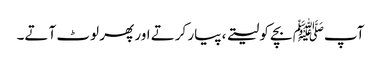
آپﷺ بچے کو لیتے ، پیار کرتے اور پھر لوٹ آتے۔